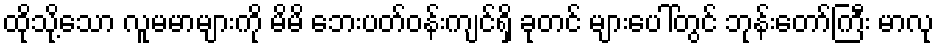
ထိုသို့သော လူမမာများကို မိမိ ဘေးပတ်ဝန်းကျင်ရှိ ခုတင် များပေါ်တွင် ဘုန်းတော်ကြီး မာလု